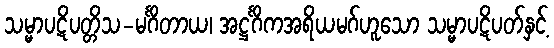
သမ္မာပဋိပတ္တိသ-မင်္ဂိတာယ၊ အဋ္ဌင်္ဂိကအရိယမဂ်ဟူသော သမ္မာပဋိပတ်နှင့်